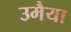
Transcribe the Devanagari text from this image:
उमैया